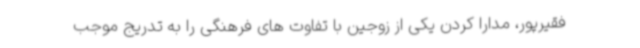
فقیرپور، مدارا کردن یکی از زوجین با تفاوت های فرهنگی را به تدریج موجب